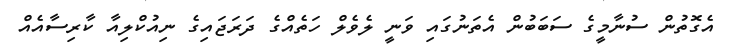
އެގޮތުން ސުނާމީގެ ސަބަބުން އެތަނުގައި ވަނީ ލެވެލް ހަތެއްގެ ދަރަޖައިގެ ނިއުކްލިއާ ކާރިސާއެއް